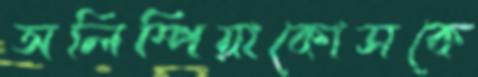
অলিম্পিয়াকোসকে